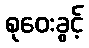
စုဝေးခွင့်